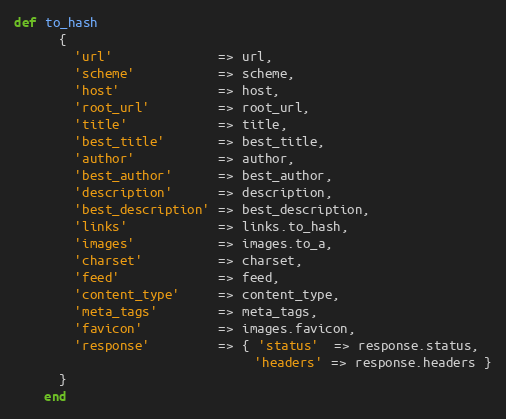
Language: Ruby
def to_hash
      {
        'url'              => url,
        'scheme'           => scheme,
        'host'             => host,
        'root_url'         => root_url,
        'title'            => title,
        'best_title'       => best_title,
        'author'           => author,
        'best_author'      => best_author,
        'description'      => description,
        'best_description' => best_description,
        'links'            => links.to_hash,
        'images'           => images.to_a,
        'charset'          => charset,
        'feed'             => feed,
        'content_type'     => content_type,
        'meta_tags'        => meta_tags,
        'favicon'          => images.favicon,
        'response'         => { 'status'  => response.status,
                                'headers' => response.headers }
      }
    end